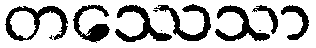
တဿေသာ